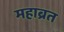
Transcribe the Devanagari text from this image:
महाब्रत